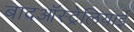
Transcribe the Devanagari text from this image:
बादऑस्ट्रेलियाई